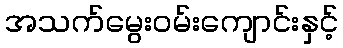
အသက်မွေးဝမ်းကျောင်းနှင့်